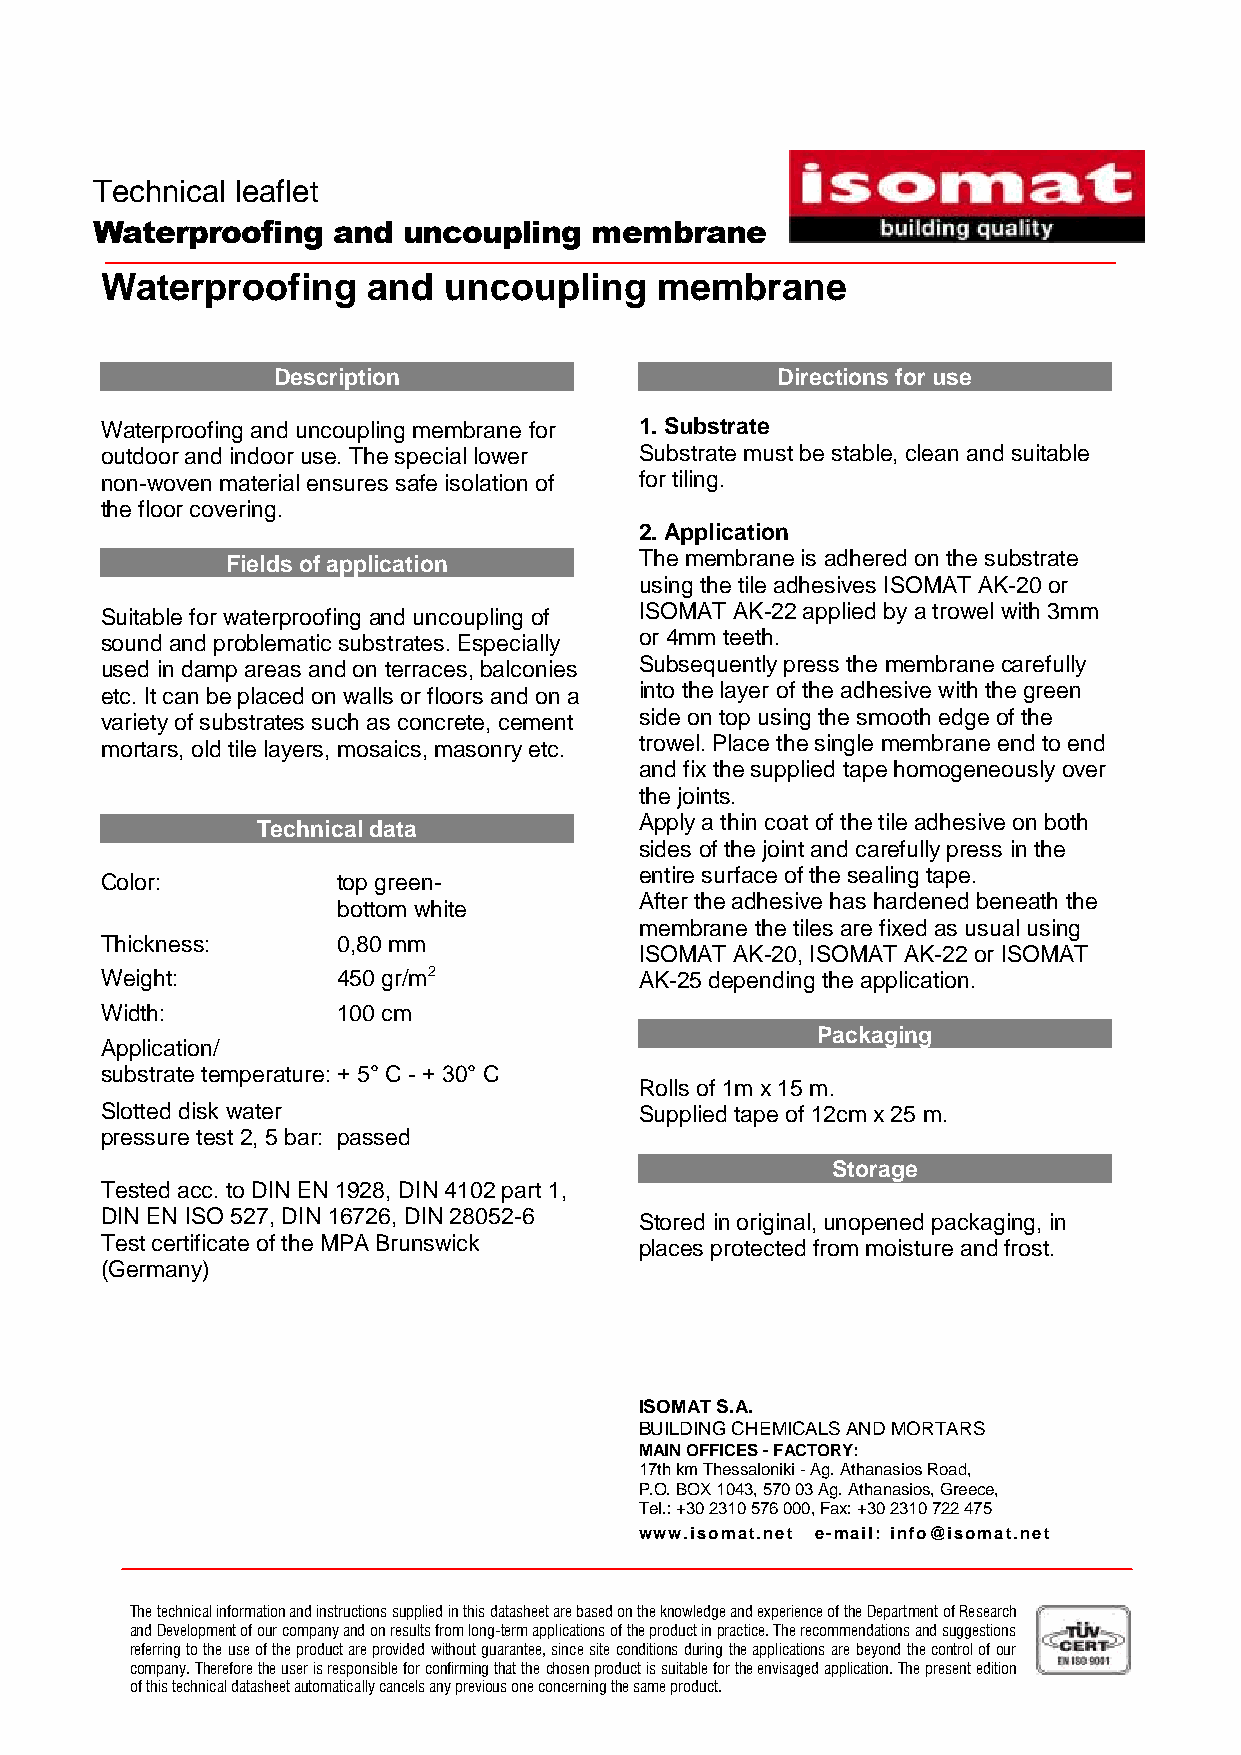
Technical leaflet
 Waterproofing   and  uncoupling  membrane
 Waterproofing    and  uncoupling    membrane
 Description                      Directions for use
 Waterproofing and uncoupling membrane for 1. Substrate
 outdoor and indoor use. The special lower Substrate must be stable, clean and suitable
 non-woven material ensures safe isolation of for tiling.
 the floor covering.
 2. Application
 Fields of application      The membrane is adhered on the substrate
 using the tile adhesives ISOMAT AK-20 or
 Suitable for waterproofing and uncoupling of ISOMAT AK-22 applied by a trowel with 3mm
 sound and problematic substrates. Especially or 4mm teeth.
 used in damp areas and on terraces, balconies Subsequently press the membrane carefully
 etc. It can be placed on walls or floors and on a into the layer of the adhesive with the green
 variety of substrates such as concrete, cement side on top using the smooth edge of the
 mortars, old tile layers, mosaics, masonry etc. trowel. Place the single membrane end to end
 and fix the supplied tape homogeneously over
 the joints.
 Apply a thin coat of the tile adhesive on both
 Technical data
 sides of the joint and carefully press in the
 entire surface of the sealing tape.
 Color:         top green-
 After the adhesive has hardened beneath the
 bottom white
 membrane the tiles are fixed as usual using
 Thickness:     0,80 mm
 ISOMAT AK-20, ISOMAT AK-22 or ISOMAT
 Weight:        450 gr/m2           AK-25 depending the application.
 Width:         100 cm
 Packaging
 Application/
 substrate temperature: + 5° C - + 30° C
 Rolls of 1m x 15 m.
 Slotted disk water                 Supplied tape of 12cm x 25 m.
 pressure test 2, 5 bar: passed
 Storage
 Tested acc. to DIN EN 1928, DIN 4102 part 1,
 DIN EN ISO 527, DIN 16726, DIN 28052-6 Stored in original, unopened packaging, in
 Test certificate of the MPA Brunswick places protected from moisture and frost.
 (Germany)
 ISOMAT S.A.
 BUILDING CHEMICALS AND MORTARS
 MAIN OFFICES - FACTORY:
 17th km Thessaloniki - Ag. Athanasios Road,
 P.O. BOX 1043, 570 03 Ag. Athanasios, Greece,
 Tel.: +30 2310 576 000, Fax: +30 2310 722 475
 www.isomat.net e-mail: info@isomat.net
 The technical information and instructions supplied in this datasheet are based on the knowledge and experience of the Department of Research
 and Development of our company and on results from long-term applications of the product in practice. The recommendations and suggestions
 referring to the use of the product are provided without guarantee, since site conditions during the applications are beyond the control of our
 company. Therefore the user is responsible for confirming that the chosen product is suitable for the envisaged application. The present edition
 of this technical datasheet automatically cancels any previous one concerning the same product.